Scottish Certificate of Education, 1962
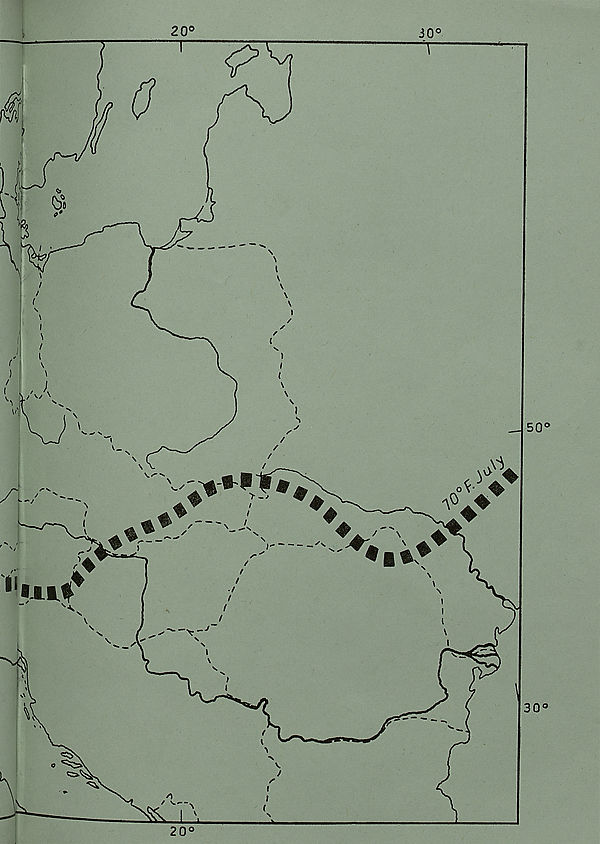
20°
20°
30°
"T"
1
30°
♦
♦